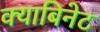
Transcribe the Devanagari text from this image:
क्याबिनेट